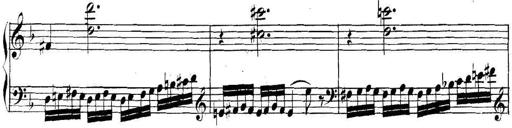
Title: Collected Piano Sonatas
Composer: Muzio Clementi